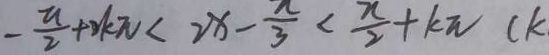
- \frac { a } { 2 } + 2 k \pi < 2 x - \frac { \pi } { 3 } < \frac { x } { 2 } + k \pi ( k